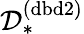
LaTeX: \mathcal{D}_{*}^{(\mathrm{dbd2})}